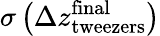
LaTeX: \sigma\left(\Delta z_{\mathrm{tweezers}}^{\mathrm{final}}\right)